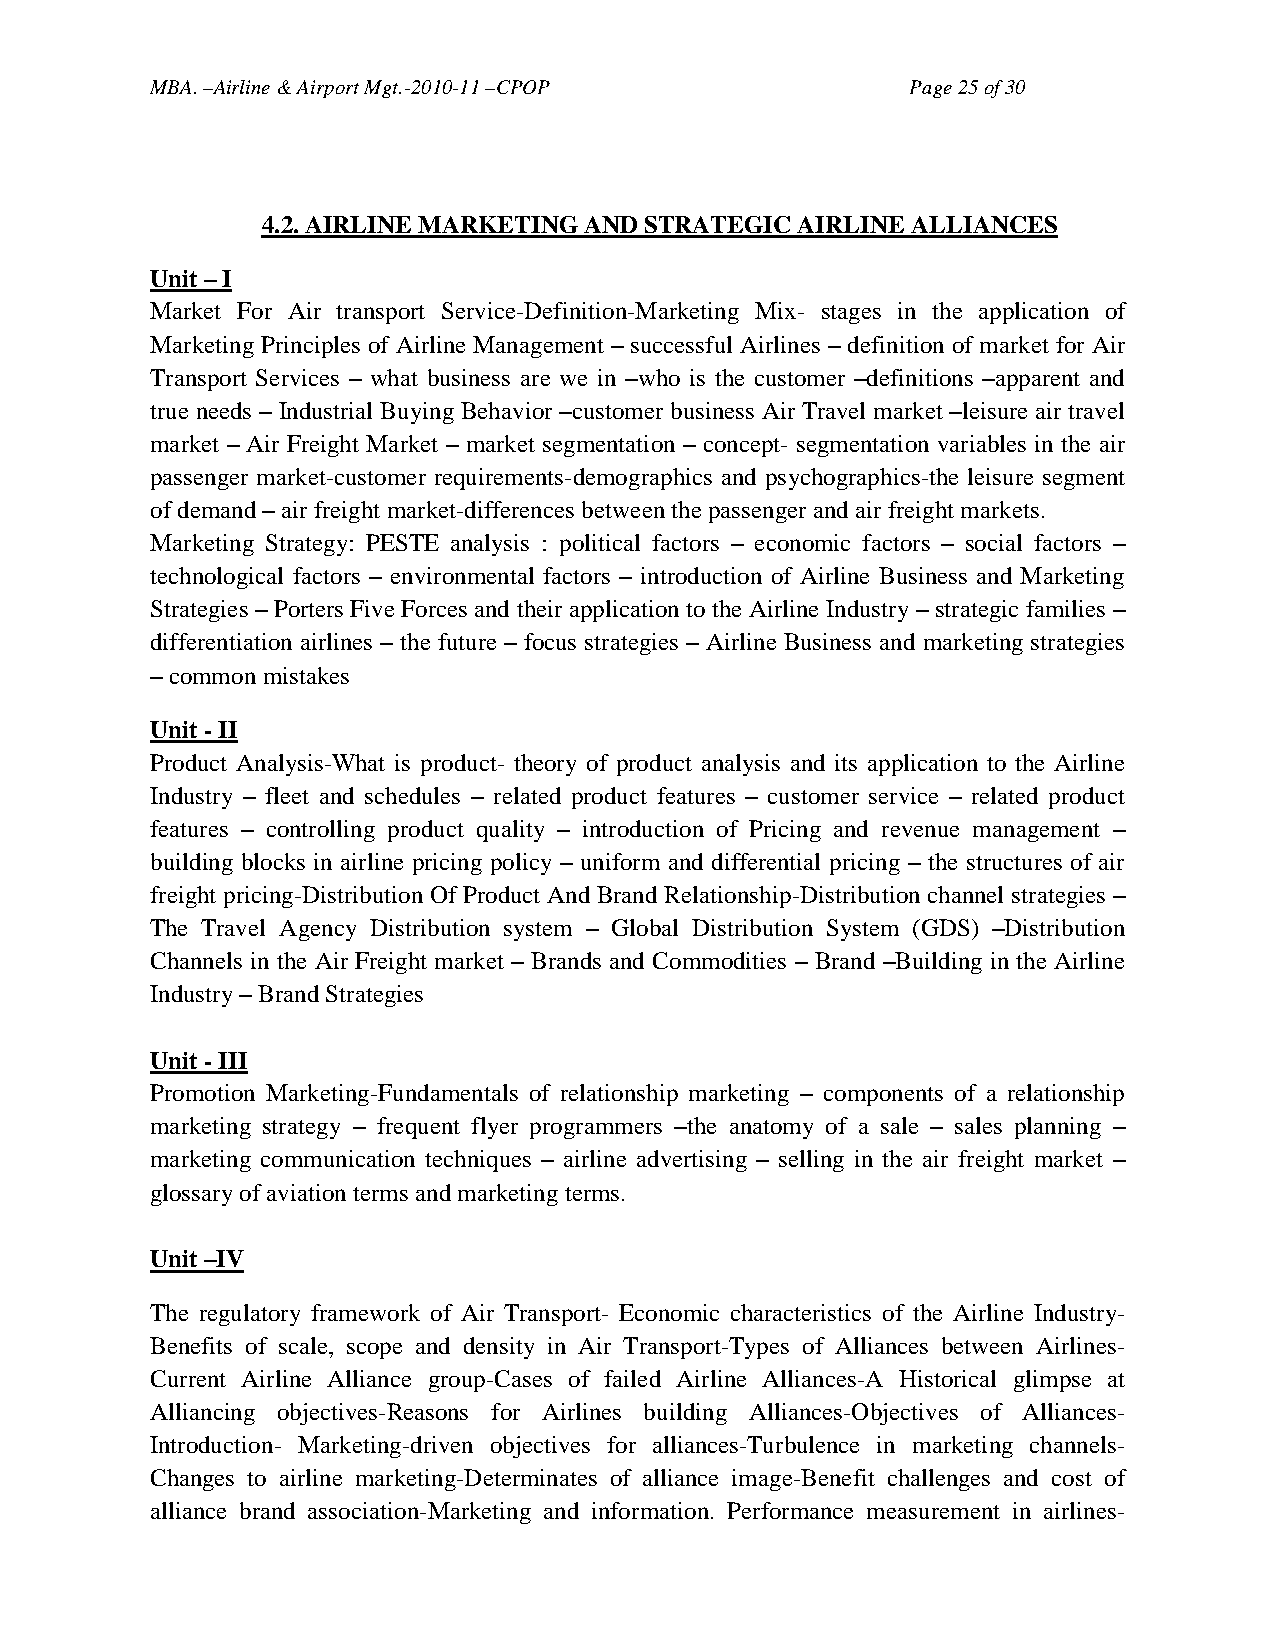
MBA. –Airline & Airport Mgt.-2010-11 –CPOP        Page 25 of 30
 4.2. AIRLINE MARKETING AND STRATEGIC AIRLINE ALLIANCES
 Unit – I
 Market For Air transport Service-Definition-Marketing Mix- stages in the application of
 Marketing Principles of Airline Management – successful Airlines – definition of market for Air
 Transport Services – what business are we in –who is the customer –definitions –apparent and
 true needs – Industrial Buying Behavior –customer business Air Travel market –leisure air travel
 market – Air Freight Market – market segmentation – concept- segmentation variables in the air
 passenger market-customer requirements-demographics and psychographics-the leisure segment
 of demand – air freight market-differences between the passenger and air freight markets.
 Marketing Strategy: PESTE analysis : political factors – economic factors – social factors –
 technological factors – environmental factors – introduction of Airline Business and Marketing
 Strategies – Porters Five Forces and their application to the Airline Industry – strategic families –
 differentiation airlines – the future – focus strategies – Airline Business and marketing strategies
 – common mistakes
 Unit - II
 Product Analysis-What is product- theory of product analysis and its application to the Airline
 Industry – fleet and schedules – related product features – customer service – related product
 features – controlling product quality – introduction of Pricing and revenue management –
 building blocks in airline pricing policy – uniform and differential pricing – the structures of air
 freight pricing-Distribution Of Product And Brand Relationship-Distribution channel strategies –
 The Travel Agency Distribution system – Global Distribution System (GDS) –Distribution
 Channels in the Air Freight market – Brands and Commodities – Brand –Building in the Airline
 Industry – Brand Strategies
 Unit - III
 Promotion Marketing-Fundamentals of relationship marketing – components of a relationship
 marketing strategy – frequent flyer programmers –the anatomy of a sale – sales planning –
 marketing communication techniques – airline advertising – selling in the air freight market –
 glossary of aviation terms and marketing terms.
 Unit –IV
 The regulatory framework of Air Transport- Economic characteristics of the Airline Industry-
 Benefits of scale, scope and density in Air Transport-Types of Alliances between Airlines-
 Current Airline Alliance group-Cases of failed Airline Alliances-A Historical glimpse at
 Alliancing objectives-Reasons for Airlines building Alliances-Objectives of Alliances-
 Introduction- Marketing-driven objectives for alliances-Turbulence in marketing channels-
 Changes to airline marketing-Determinates of alliance image-Benefit challenges and cost of
 alliance brand association-Marketing and information. Performance measurement in airlines-